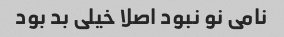
نامی نو نبود اصلا خیلی بد بود